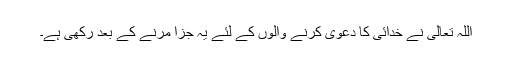
اللہ تعالیٰ نے خدائی کا دعویٰ کرنے والوں کے لئے یہ جزا مرنے کے بعد رکھی ہے۔